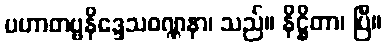
ပဟာတဗ္ဗနိဒ္ဒေသဝဏ္ဏနာ၊ သည်။ နိဋ္ဌိတာ၊ ပြီ။